Report of the Municipal Commissioner on the plague in Bombay for the year ending 31st May... - Volume 2
Disease focus: Plague
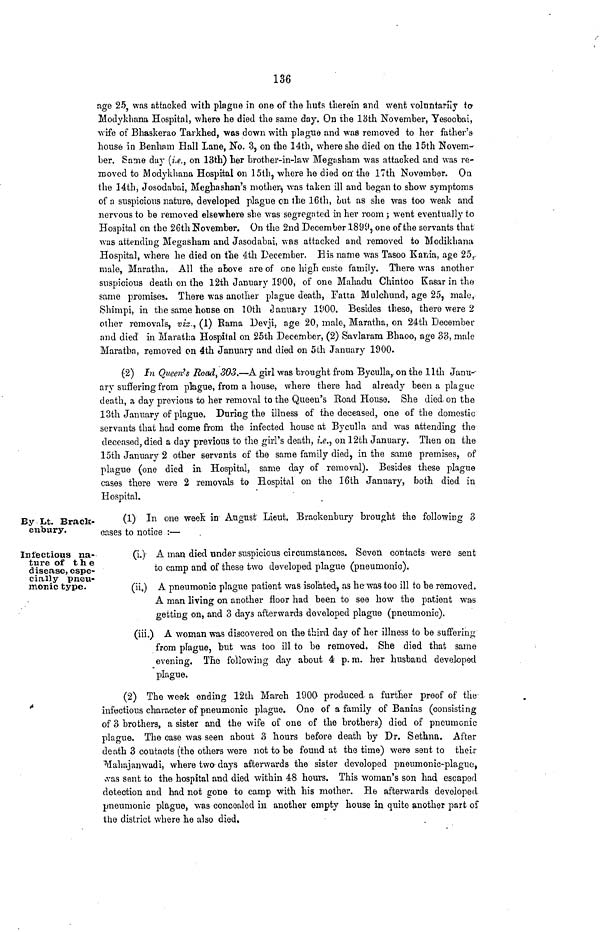
136
age 25, was attacked with plague in one of the huts therein and went voluntarily to
Modykhana Hospital, -where he died the same day. On the Ibth November, Yesoobai,
•wife of Bhaskerao Tarkhed, was down with plague and was removed to her father's
house in Benh.im Hall Lane, No. 3, on the 14th, where she died on the 15th Novem-
ber. Same day (i.e., on 13th) her brother-in-law Megasbam was attacked and was re-
moved to Modykhana Hospital on 15th, where he died on' the 17th November. On
the 14th, Josodabai, Meghashan's mother^ was taken ill and began to show symptoms
of a suspicions nature, developed plague en the 16th, Lut as she was too weak and
nervous to be removed elsewhere she was segregated in her room; went eventually to
Hospital on the 26th November. On the 2nd December 1899, one of the servants that
was attending Megasham and Jasodabai, was attacked and removed to Modikhana
Hospital, where he died on the 4th December. His name was Tasoo Kaivia, age 25 y
male, Maratha, All the above are of one high caste family. There was another
suspicious death on the 12th January 1900, of one Mahadu Chintoo Kasar in the
same promises. There was another plague death, Fatta Mulchund, age 25, male,
Shimpi, in the same honse on 10th January 11)00. Besides these, there were 2
other removals, vis., (1) Rama Devji, age 20, male, Maratha, on 24th December
and died in Maratha Hospital on 25th December, (2) Savlaram Bhaoo, age 33, male
Maratha, removed on 4th January and died on 5th January 1900.
(2) In Queen's Road, 303.—A girl was brought from Byculla, on the llth Janu--
ary suffering from pkgue, from a house, where there had already been a plague
death, a day previous to her removal to the Queen's Road House. She died-on the
13th January of plague. During the illness of the deceased, one of the domestic
servants that had come from the infected house at Byculla and was attending the
deceased, died a day previous to the girl's death, i.e., on 12th January. Then on the
15th January 2 other servants of the same family died, in the same premises, of
plague (one died in Hospital, same day of removal). Besides these plague
cases there were 2 removals to Hospital on the 16th January, both died in
Hospital.
By Lt. Brack-
eiibury.
(1) In one week in August Lieut. Brackenbury brought the following 3
cases to notice :—
Infectious na-
ture of the
disease, espe-
cially pneu-
monic type.
(i.) A man died under suspicious circumstances. Seven contacts were sent
to camp and of these two developed plague (pneumonic).
(ii.) A pneumonic plague patient was isolated, as he was too ill to be removed.
A man living on another floor had been to see how the patient was
getting on, and 3 days afterwards developed plague (pneumonic).
(iii.) A woman was discovered on the third day of her illness to be suffering
from plague, but was too ill to be removed. She died that same
evening. The following day about 4 p.m. her husband developed
plague.
(2) The wee-k ending 12th March 1900 produced- a further proof of tlie
infectious character of pneumonic plague. One of a family of Banias (consisting
of 3 brothers, a sister and the wife of one of the brothers) died of pneumonic
plague. The case was seen about 3 hours before death by Dr. Sethna. After
death 3 contacts (the others were not to be found at the time) were sent to their
Mahajanwadi, where two' days afterwards the sister developed pneumonic-plague,
vvas sent to the hospital and died within 48 hours. This woman's son had escaped
detection and had not gone to camp with his mother. He afterwards developed
pneumonic plague, was concealed in another empty house in quite another part of
the district where he also died.